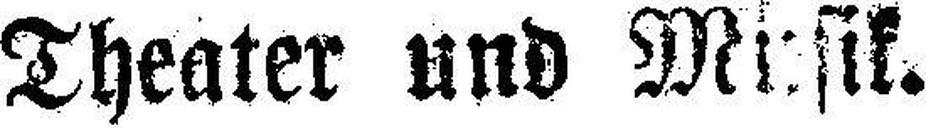
Theater und Musik.